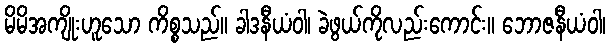
မိမိအကျိုးဟူသော ကိစ္စသည်။ ခါဒနီယံဝါ၊ ခဲဖွယ်ကိုလည်းကောင်း။ ဘောဇနီယံဝါ၊